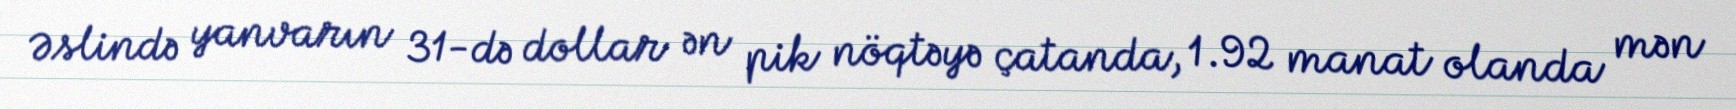
Əslində yanvarın 31-də dollar ən pik nöqtəyə çatanda, 1.92 manat olanda mən